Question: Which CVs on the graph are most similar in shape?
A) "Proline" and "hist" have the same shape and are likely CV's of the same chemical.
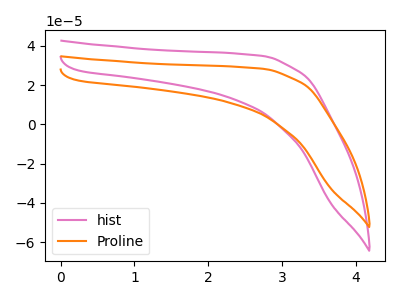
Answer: <think>The pink curve "hist" has no peaks. The orange curve "Proline" has no peaks.
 Neither "hist" or "Proline" have any peaks.</think>
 <answer>A) "Proline" and "hist" have the same shape and are likely CV's of the same chemical.</answer>
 <eval>A</eval>